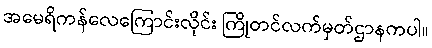
အမေရိကန်လေကြောင်းလိုင်း ကြိုတင်လက်မှတ်ဌာနကပါ။